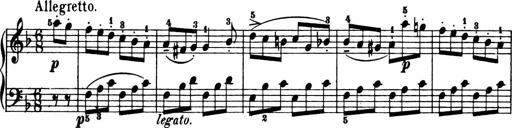
Title: 11 Sonatinas for Piano Solo
Composer: Anton Diabelli